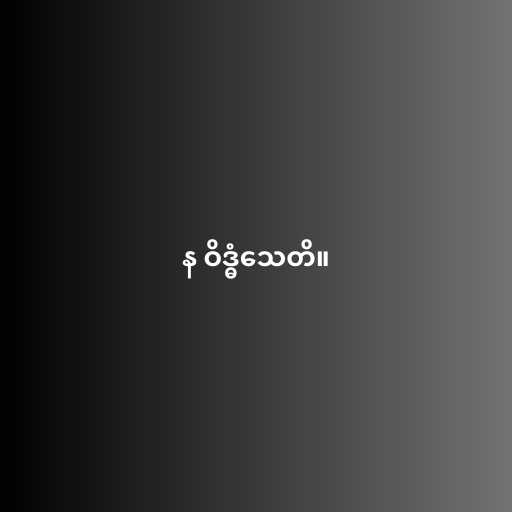
န ဝိဒ္ဓံသေတိ။